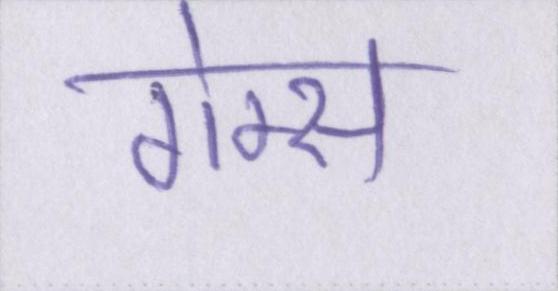
गेम्स